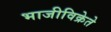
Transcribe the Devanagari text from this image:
भाजीविक्रेते